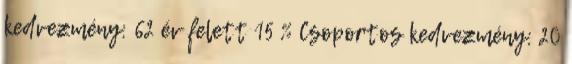
kedvezmény: 62 év felett 15 % Csoportos kedvezmény: 20